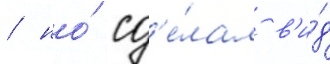
/ но́ сд'е́лал в'и́д